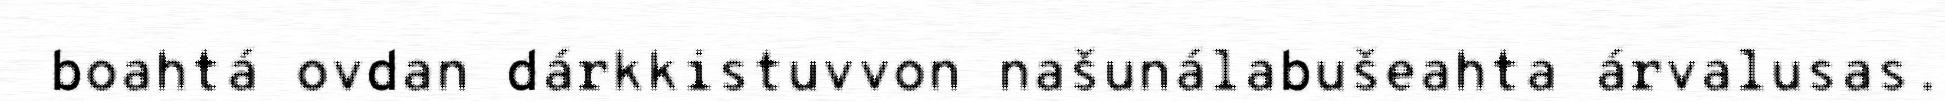
boahtá ovdan dárkkistuvvon našunálabušeahta árvalusas.